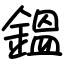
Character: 鎾